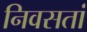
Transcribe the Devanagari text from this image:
निवसतां